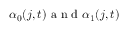
\alpha _ { 0 } ( j , t ) \mathrm { ~ a ~ n ~ d ~ } \alpha _ { 1 } ( j , t )